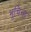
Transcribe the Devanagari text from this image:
भूचिन्ह